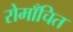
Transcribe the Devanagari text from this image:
रोमाँचित